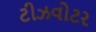
ટીઝવોટર